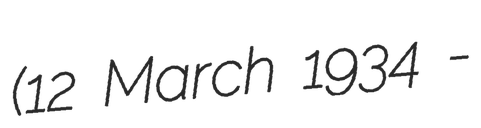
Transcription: (12 March 1934 -